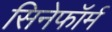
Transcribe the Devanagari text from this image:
सिनेफॉर्म